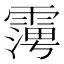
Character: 𮦪